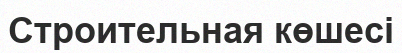
Строительная көшесі